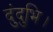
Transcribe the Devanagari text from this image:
दुंदुभि।